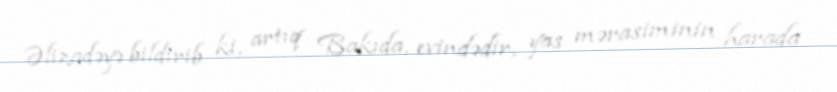
Əlizadəyə bildirib ki, artıq Bakıda, evindədir, yas mərasiminin harada